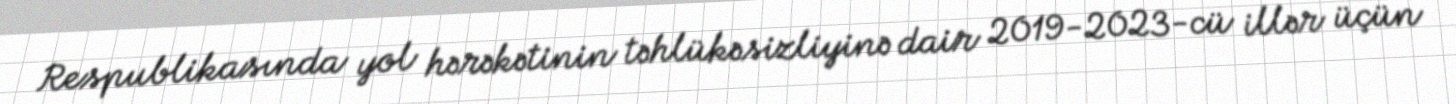
Respublikasında yol hərəkətinin təhlükəsizliyinə dair 2019-2023-cü illər üçün